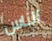
الناس